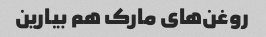
روغن‌های مارک هم بیارین